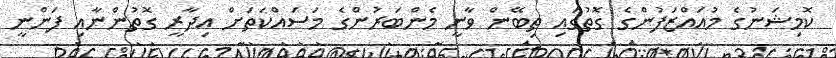
ކޮމިޝަނުގެ މުއައްޒަފުންގެ ގޮތުގައި ތިބޭން ވާނީ މެންބަރުންގެ މަސައްކަތަށް އިދާރީ ގޮތުންނާއި ފަންނީ